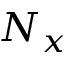
N _ { x }